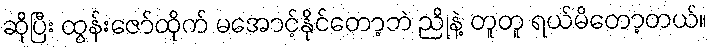
ဆိုပြီး ထွန်းဇော်ထိုက် မအောင့်နိုင်တော့ဘဲ ညိုနဲ့ တူတူ ရယ်မိတော့တယ်။